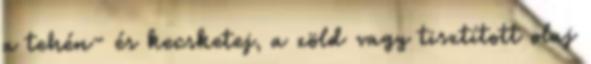
a tehén- és kecsketej, a zöld vagy tisztított olaj